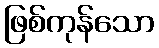
ဖြစ်ကုန်သော